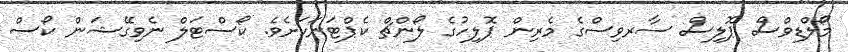
މޯލްޑިވްސް ޕޮލިސް ސާރވިސްގެ މެރިން ޕޮލިހުގެ ލޯންޗް ކެޕްޓަނަކަށެވެ. ކޯސްޓަލް ނެވިގޭޝަން ކޯސް